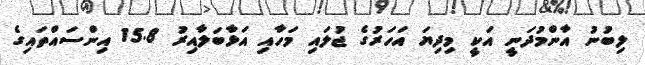
ލިބުނު އާންމުދަނީ އަކީ މިދިޔަ އަހަރުގެ ޖުލައި މަހާއި އަޅާބަލާއިރު 15.8 އިންސައްތައިގެ